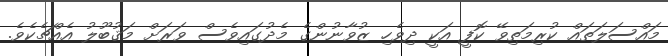
މައްސަލަތައް ކުރިމަތިވޭ ކޮފީ އަކީ ދިވެހި ޒުވާނުންގެ މެދުގައިވެސް ވަރަށް މަޤުބޫލު އެއްޗެކެވެ.